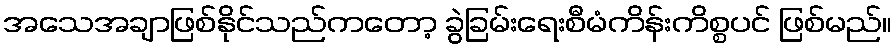
အသေအချာဖြစ်နိုင်သည်ကတော့ ခွဲခြမ်းရေးစီမံကိန်းကိစ္စပင် ဖြစ်မည်။